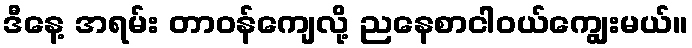
ဒီနေ့ အရမ်း တာဝန်ကျေလို့ ညနေစာငါဝယ်ကျွေးမယ်။